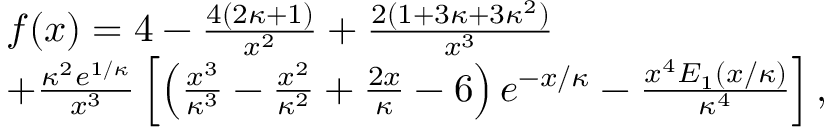
\begin{array} { r l } & { f ( x ) = 4 - \frac { 4 ( 2 \kappa + 1 ) } { x ^ { 2 } } + \frac { 2 ( 1 + 3 \kappa + 3 \kappa ^ { 2 } ) } { x ^ { 3 } } } \\ & { + \frac { \kappa ^ { 2 } e ^ { 1 / \kappa } } { x ^ { 3 } } \left[ \left( \frac { x ^ { 3 } } { \kappa ^ { 3 } } - \frac { x ^ { 2 } } { \kappa ^ { 2 } } + \frac { 2 x } { \kappa } - 6 \right) e ^ { - x / \kappa } - \frac { x ^ { 4 } E _ { 1 } ( x / \kappa ) } { \kappa ^ { 4 } } \right] , } \end{array}